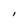
Character: l